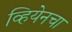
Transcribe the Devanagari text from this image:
व्हियेनचा